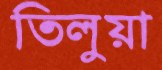
তিলুয়া